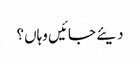
دیئے جائیں وہاں؟